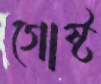
গোষ্ট